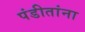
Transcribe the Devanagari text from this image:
पंडीतांना